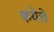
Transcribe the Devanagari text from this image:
फयेत्ते